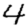
Digit: 4